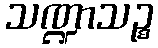
သဏ္ဍာသဉ္စ